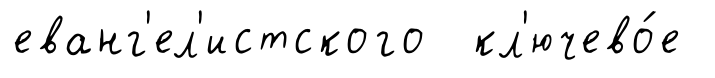
еванг'ел'истского кл'ючево́е